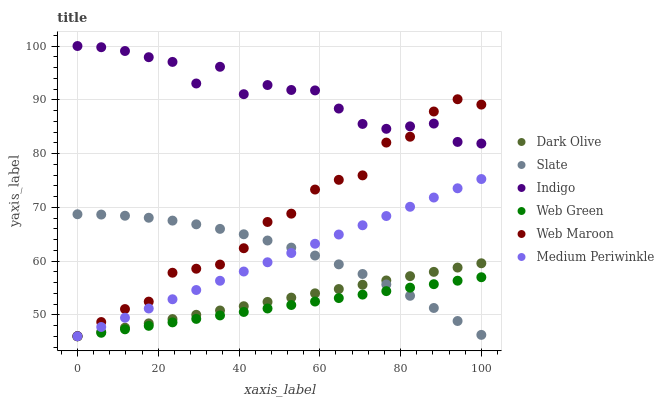
| xaxis_label | Dark Olive | Slate | Indigo | Web Green | Web Maroon | Medium Periwinkle |
 | --- | --- | --- | --- | --- | --- | --- |
 | 0 | 46 | 68.7 | 100 | 46 | 46 | 46 |
 | 5.88 | 46.8 | 68.6 | 99.8 | 46.6 | 48.6 | 47.7 |
 | 11.8 | 47.6 | 68.4 | 99.1 | 47.3 | 51.1 | 49.4 |
 | 17.6 | 48.4 | 68 | 97.9 | 47.9 | 52.4 | 51.2 |
 | 23.5 | 49.2 | 67.5 | 97 | 48.6 | 57.8 | 52.9 |
 | 29.4 | 50 | 66.8 | 93 | 49.2 | 58.6 | 54.6 |
 | 35.3 | 50.8 | 66 | 96.1 | 49.9 | 59.3 | 56.3 |
 | 41.2 | 51.6 | 65 | 91 | 50.5 | 62.4 | 58 |
 | 47.1 | 52.4 | 63.8 | 92.7 | 51.2 | 67.3 | 59.8 |
 | 52.9 | 53.2 | 62.5 | 91.8 | 51.8 | 68.8 | 61.5 |
 | 58.8 | 54 | 61 | 91.7 | 52.5 | 73.3 | 63.2 |
 | 64.7 | 54.8 | 59.4 | 88.4 | 53.1 | 75.1 | 64.9 |
 | 70.6 | 55.6 | 57.6 | 85.5 | 53.8 | 75.9 | 66.6 |
 | 76.5 | 56.4 | 55.6 | 84.6 | 54.4 | 82 | 68.4 |
 | 82.4 | 57.2 | 53.5 | 85.1 | 55 | 83.1 | 70.1 |
 | 88.2 | 58 | 51.3 | 85.6 | 55.7 | 87.8 | 71.8 |
 | 94.1 | 58.8 | 48.8 | 82.2 | 56.3 | 90.1 | 73.5 |
 | 100 | 59.6 | 46.3 | 81.9 | 57 | 89.1 | 75.3 |